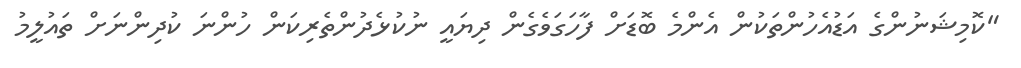
"ކޮމިޝަނުންގެ އަޑުއެހުންތަކުން އެންމެ ބޮޑަށް ފާހަގަވެގެން ދިޔައީ ނުކުޅެދުންތެރިކަން ހުންނަ ކުދިންނަށް ތައުލީމު